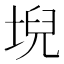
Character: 堄